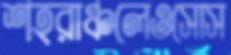
শহরাঞ্চলেওসোস